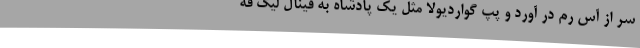
سر از آس رُم در آورد و پپ گواردیولا مثل یک پادشاه به فینال لیگ قه